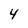
Character: 4